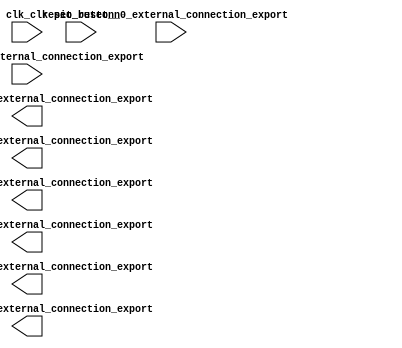

module platform (
	clk_clk,
	pio_7segments_0_external_connection_export,
	pio_7segments_1_external_connection_export,
	pio_7segments_2_external_connection_export,
	pio_7segments_3_external_connection_export,
	pio_7segments_4_external_connection_export,
	pio_7segments_5_external_connection_export,
	pio_button_0_external_connection_export,
	pio_switch_0_external_connection_export,
	reset_reset_n);	

	input		clk_clk;
	output	[6:0]	pio_7segments_0_external_connection_export;
	output	[6:0]	pio_7segments_1_external_connection_export;
	output	[6:0]	pio_7segments_2_external_connection_export;
	output	[6:0]	pio_7segments_3_external_connection_export;
	output	[6:0]	pio_7segments_4_external_connection_export;
	output	[6:0]	pio_7segments_5_external_connection_export;
	input		pio_button_0_external_connection_export;
	input	[1:0]	pio_switch_0_external_connection_export;
	input		reset_reset_n;
endmodule